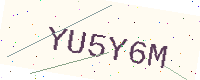
Text: YU5Y6M